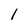
Character: 1